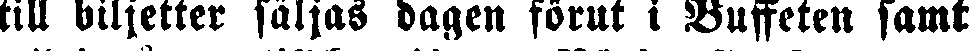
till biljetter säljas dagen förut i Buffeten samt